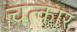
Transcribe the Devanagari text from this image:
चत्कार